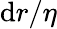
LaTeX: \mathrm{d}r/\eta